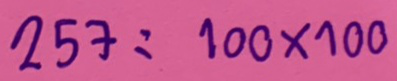
257 = 100 x 100